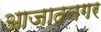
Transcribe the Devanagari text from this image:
आजादनगर